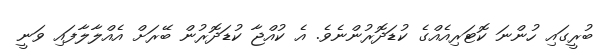
ބުރީގައި ހުންނަ ކޮޓަރިއެއްގެ ކުޑަދޮރުންނެވެ. އެ ކުއްޖާ ކުޑަދޮރުން ބޭރަށް އެއްލާލާފައި ވަނީ